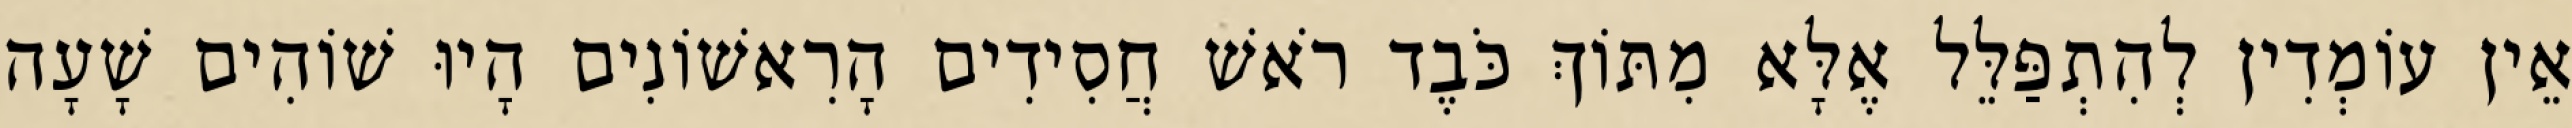
אֵין עוֹמְדִין לְהִתְפַּלֵּל אֶלָּא מִתּוֹךְ כֹּבֶד רֹאשׁ חֲסִידִים הָרִאשׁוֹנִים הָיוּ שׁוֹהִים שָׁעָה